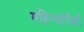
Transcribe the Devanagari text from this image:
महिन्यांपैकी